Medical and sanitary report on the native army of Bombay for the year
Year: 1878
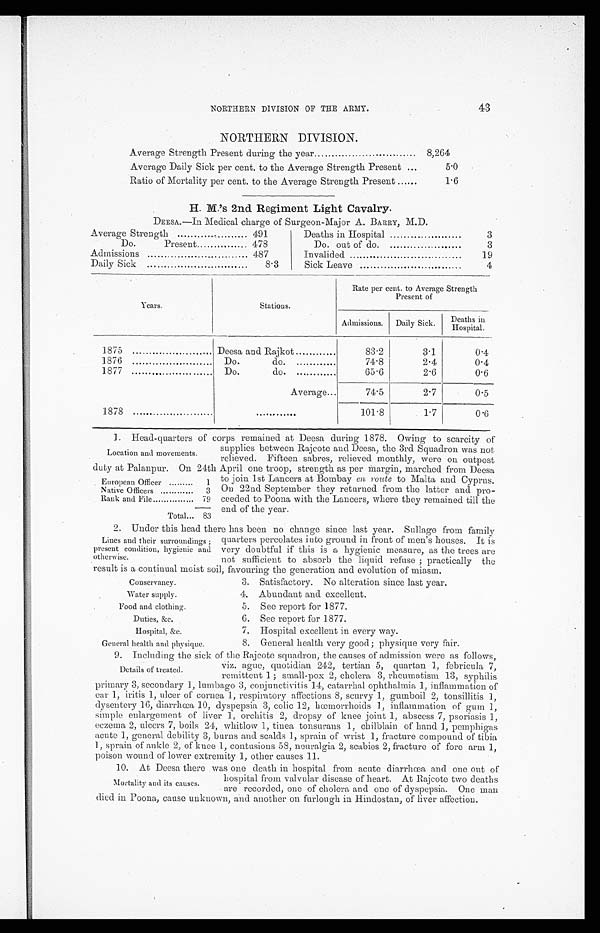
43
NORTHERN DIVISION OF THE ARMY.
NORTHERN DIVISION.
Average Strength Present during the year...
8,204
Average Daily Sick per cent, to the Average Strength Present
5.0
Ratio of Mortality per cent. to the Average Strength Present
1.6
H. M.’s 2nd Regiment Light Cavalry.
DEESA.—In Medical charge of Surgeon-Major A. BARRY, M.D.
Average Strength
491
Deaths in Hospital
3
Do.
Present
478
Do. out of do.
3
Admissions
487
Invalided
19
Daily Sick
8.3
Sick Leave
4
Y ears.
Stations.
Rate per cent. to Average Strength
Present of
Admissions.
Daily Sick.
Deaths in
Hospital.
1875
Deesa and Rajkot
83.2
3.1
0.4
1.876
Do.
do.
74.8
2.4
0.4
1877
Do.
do.
65.6
2.6
0.6
1878 1
Average...
74.5
2.7
0.5
101.8
1.7
0.6
1. Head-quarters of corps remained at Deesa during 1878. Owing to scarcity of
supplies between Rajcote and Deesa, the 3rd Squadron was not
relieved. Fifteen sabre,. relieved monthly, were on outpost
Location and movements.
duty at Palannur. On 24th Ap ril one troop, strength as per Margin, marched from Deesa
European Officer
1
Native Officers ... ......
3
Rank and File
79
Total... 83
to join 1st Lancers at Bombay en route to Malta and Cyprus.
On 22nd September they returned from the latter and pro-
ceeded to Poona with the Lancers, where they remained till the
end of the year
2. Under this head there has been no change s ince last year. Sullage from family
Lines and their surroundings ;
present condition, hygienic and
otherwise.
quarters percolates into ground in front of men’s houses. it is
very doubtful if this is a hygienic measure, as the trees are
not sufficient to absorb the liquid r ef use; pr act i cal l y t he
result is a continual moist soil, favouring the generation and evolution of miasm.
Conservancy.
'ater supply
Food and clothing.
Duties, &c.
Hospital, &e.
General health and physique.
3. Satisfactory. No alteration since last year.
4. Abundant and excellent.
5. See report for 1877.
6. See report for 1877.
7. Hospital excellent in every way.
8. General health very good; physique very fair.
9. Including the sick of the Raicote squadron,, the causes of admission were as follows.
Details of treated.
viz. ague, quotidian 242, tertian 5, quartan 1,febricula 7,
remittent 1 ; small-pox 2, cholera 3, rheumatism 13, syphilis
primary 3, secondary1 , l u m b a g o
c o n j u n c t i v i t i s
1 4 ,c
a t a r r h a l o p h t h a l m i a 1 , i n f l a m m a t i o n o f
ear 1, iritis 1, ulcer of cornea 1, respiratory affections 8, scurvy 1, gumboil 2, tonsillitis 1,
dysentery 16, diarrhoea 10, dyspepsia 3, colic 12, hoemorrhoids 1, inflammation of gum 1,
simple enlargement of liver 1, orchitis 2, dropsy of knee joint 1, abscess 7, psoriasis 1,
eczema 2, ulcers 7, boils 24, whitlow 1, tinea tonsurans 1, chilblain of hand 1, pemphigas
acute 1, general debility 3, burns and scalds 1, sprain of wrist 1, fracture compound of tibia
1, sprain of ankle 2, of knee 1, contusions 58, neuralgia 2, scabies 2, fracture of fore arm 1,
poison wound of lower extremity 1, other causes 11.
10. At Deesa there was one death in hos pital from acute diarrhoea and one out of
Mortality and its causes.
hospital from valvular disease of heart. At Rajcote two deaths
are recorded. one of cholera and one of dyspepsia. One man
died in Poona,, cause unknown, and another on furlough in Hindostan, of liver affection.